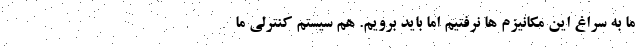
ما به سراغ این مکانیزم ها نرفتیم اما باید برویم. هم سیستم کنترلی ما